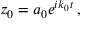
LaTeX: z _ { 0 } = a _ { 0 } e ^ { i k _ { 0 } t } \, ,